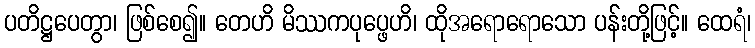
ပတိဋ္ဌပေတွာ၊ ဖြစ်စေ၍။ တေဟိ မိဿကပုပ္ဖေဟိ၊ ထိုအရောရောသော ပန်းတို့ဖြင့်။ ထေရံ၊